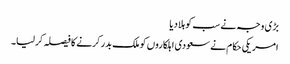
بڑی وجہ نے سب کو ہلا دیا
امریکی حکام نے سعودی اہلکاروں کو ملک بدر کرنے کا فیصلہ کرلیا۔